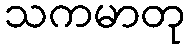
သကမာတု